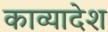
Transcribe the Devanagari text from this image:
काव्यादेश